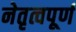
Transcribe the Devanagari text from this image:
नेतृत्वपूर्ण